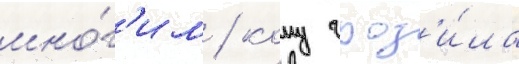
мно́г'им / кому гроз'и́ла